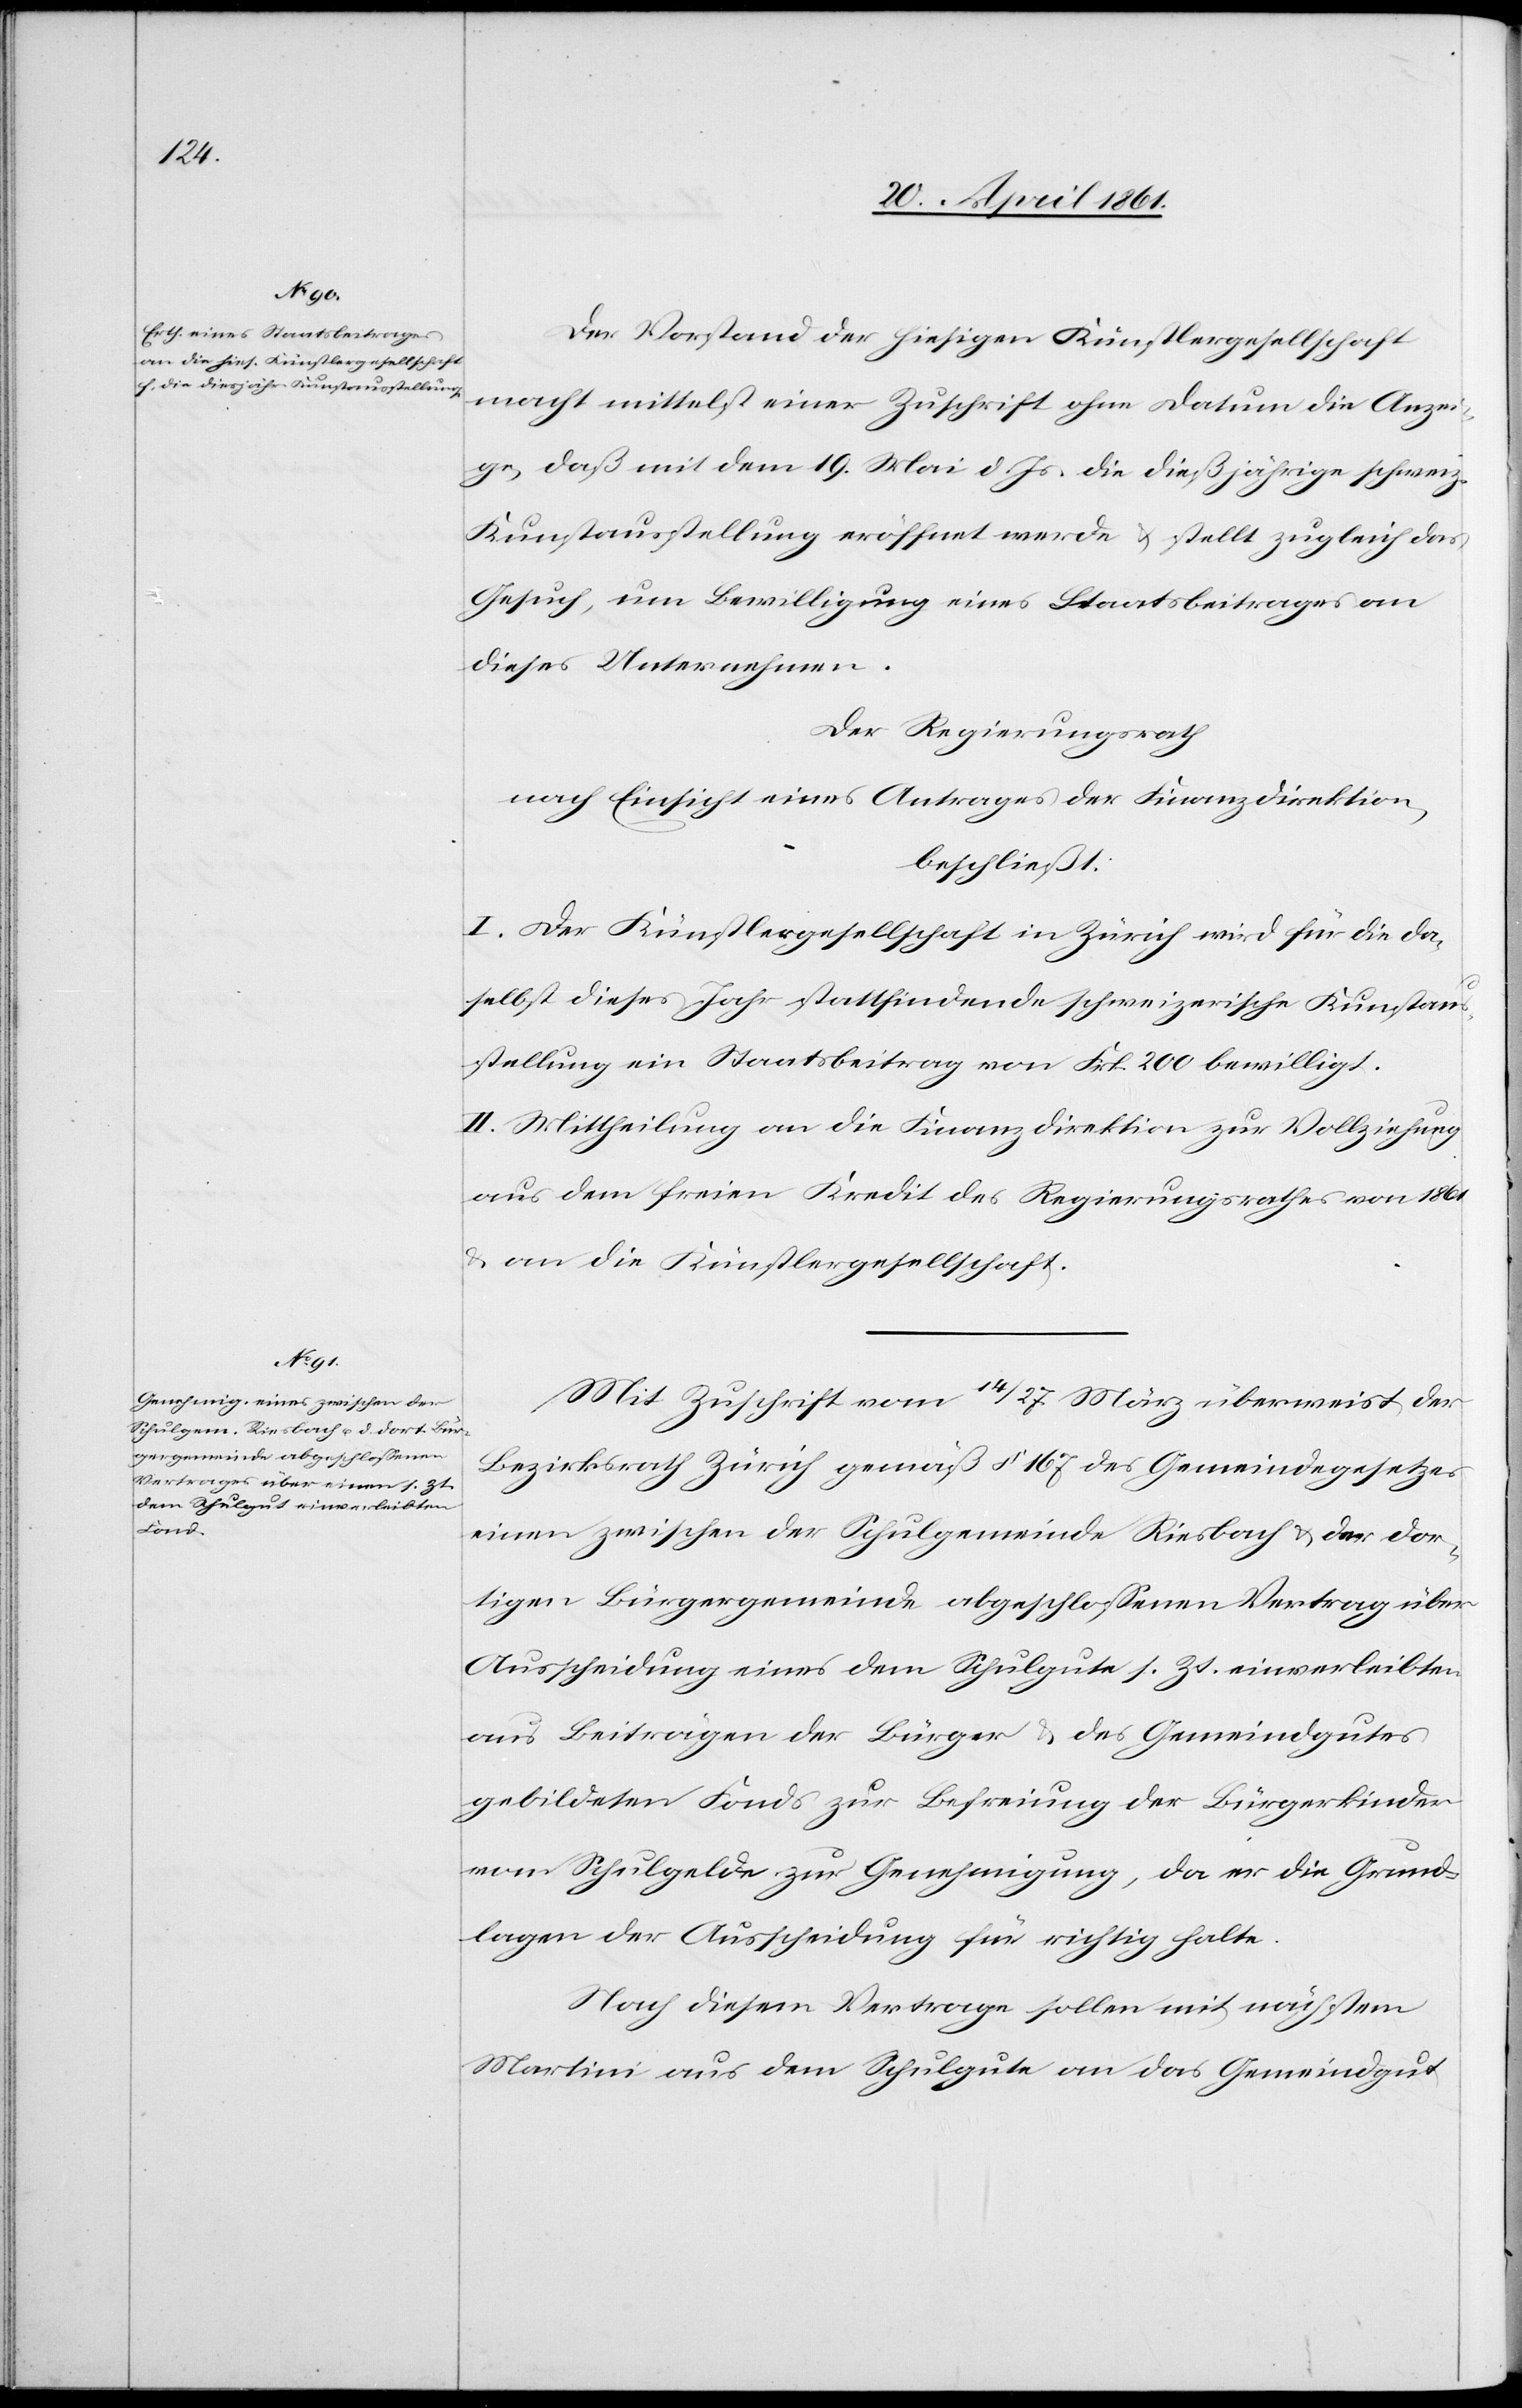
Der Vorstand der hiesigen Künstlergesellschaft
macht mittelst einer Zuschrift ohne Datum die Anzei¬
ge, daß mit dem 19. Mai d. Js. die dießjährige schweiz.
Kunstausstellung eröffnet werde u. stellt zugleich das
Gesuch, um Bewilligung eines Staatsbeitrages an
dieses Unternehmen.
Der Regierungsrath
nach Einsicht eines Antrages der Finanzdirektion,
beschließt:
I. Der Künstlergesellschaft in Zürich wird für die da¬
selbst dieses Jahr stattfindende schweizerische Kunstaus¬
stellung ein Staatsbeitrag von Frk. 200 bewilligt.
II. Mittheilung an die Finanzdirektion zur Vollziehung
aus dem freien Kredit des Regierungsrathes von 1861
an die Künstlergesellschaft.
Mit Zuschrift vom 14 / 27 März überweist der
Bezirksrath Zürich gemäß § 167 des Gemeindegesetzes
einen zwischen der Schulgemeinde Riesbach u. der dor¬
tigen Bürgergemeinde abgeschlossenen Vertrag über
Ausscheidung eines dem Schulgute s. Zt. einverleibten
aus Beiträgen der Bürger u. des Gemeindgutes
gebildeten Fonds zur Befreiung der Bürgerkinder
vom Schulgelde zur Genehmigung, da er die Grund¬
lagen der Ausscheidung für richtig halte.
Nach diesem Vertrage sollen mit nächstem
Martini aus dem Schulgute an das Gemeindgut